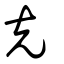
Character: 克